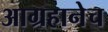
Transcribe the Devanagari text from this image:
आग्रहानेच